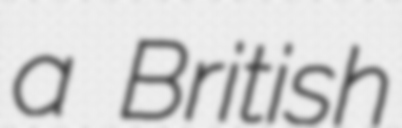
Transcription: a British